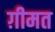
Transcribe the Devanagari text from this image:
ग़ीमत